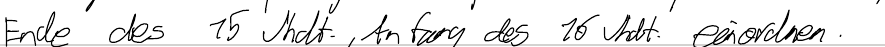
Ende des 15 Jhdt., Anfang des 16 Jhdt. einordnen.